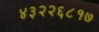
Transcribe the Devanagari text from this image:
४३२२६८१७